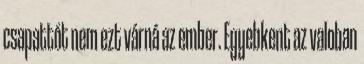
csapattót nem ezt várná az ember. Egyebkent az valoban